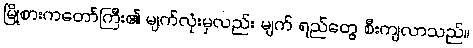
မြို့စားကတော်ကြီး၏ မျက်လုံးမှလည်း မျက် ရည်တွေ စီးကျလာသည်။